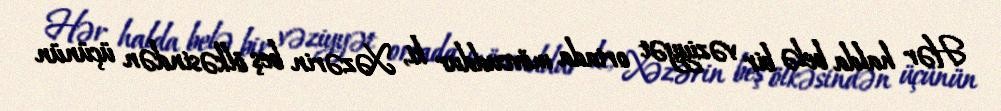
Hər halda belə bir vəziyyət ortada mövcuddur ki, Xəzərin beş ölkəsindən üçünün